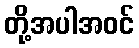
တို့အပါအဝင်